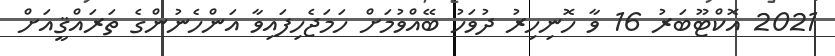
2021 އޮކްޓޫބަރު 16 ވާ ހޮނިހިރު ދުވަހު ބޭއްވުމަށް ހަމަޖެހިފައިވާ އަންހެނުންގެ ތަރައްޤީއަށް